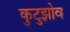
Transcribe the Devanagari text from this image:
कुटुझोव